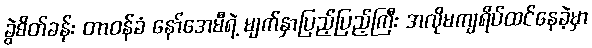
ခွဲစိတ်ခန်း တာဝန်ခံ နော်အေမီရဲ့ မျက်နှာပြည့်ပြည့်ကြီး အလိုမကျရိပ်ထင်နေခဲ့မှာ